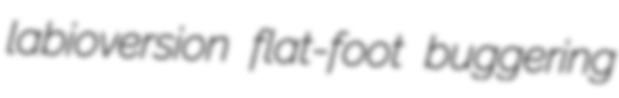
labioversion flat-foot buggering